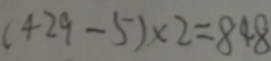
( 4 2 9 - 5 ) \times 2 = 8 4 8